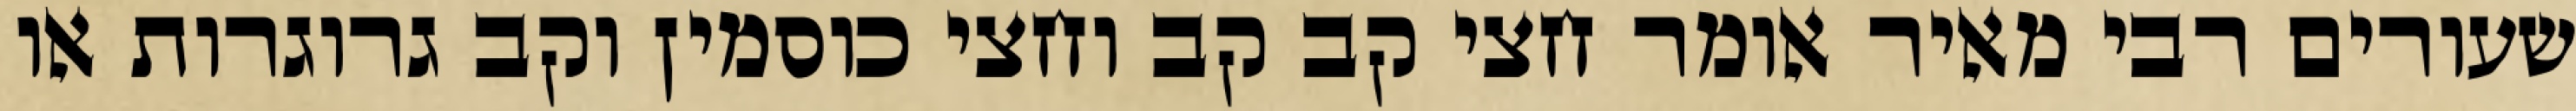
שעורים רבי מאיר אומר חצי קב קב וחצי כוסמין וקב גרוגרות או